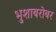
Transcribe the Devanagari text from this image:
भुशाबरोबर